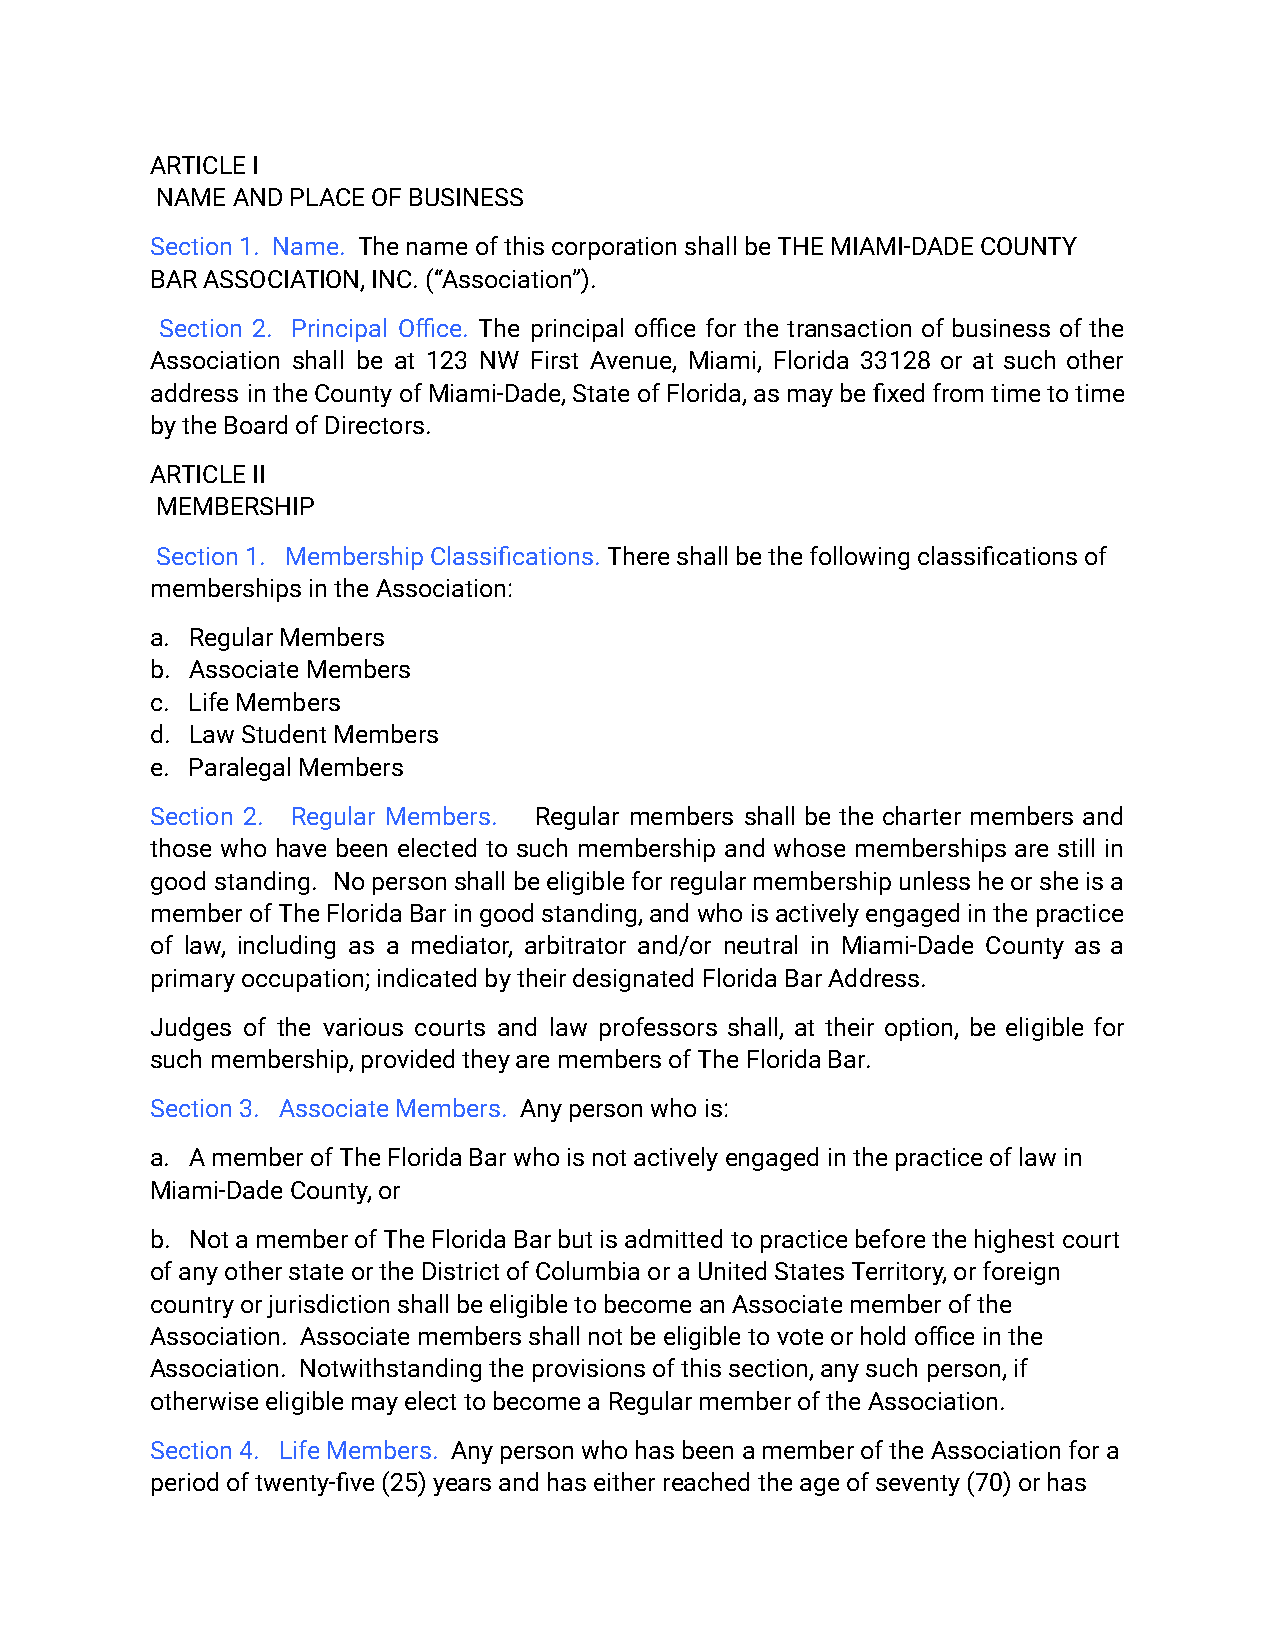
ARTICLE I
 NAME AND PLACE OF BUSINESS
 Section 1. Name. The name of this corporation shallbe THE MIAMI-DADE COUNTY
 BAR ASSOCIATION, INC. (“Association”).
 Section 2. Principal Office. The principal office for the transaction of business of the
 Association shall be at 123 NW First Avenue, Miami, Florida 33128 or at such other
 address intheCountyofMiami-Dade,StateofFlorida,asmaybefixedfromtimetotime
 by the Board of Directors.
 ARTICLE II
 MEMBERSHIP
 Section 1. Membership Classifications.There shallbe the following classifications of
 memberships in the Association:
 a. Regular Members
 b. Associate Members
 c. Life Members
 d. Law Student Members
 e. Paralegal Members
 Section 2. Regular Members. Regular members shall be the charter members and
 those who have been elected to such membership and whose memberships are still in
 good standing. Nopersonshallbeeligibleforregularmembershipunlessheorsheisa
 memberofTheFloridaBaringoodstanding,andwhoisactivelyengagedinthepractice
 of law, including as a mediator, arbitrator and/or neutral in Miami-Dade County as a
 primary occupation; indicated by their designatedFlorida Bar Address.
 Judges of the various courts and law professors shall, at their option, be eligible for
 such membership, provided they are members of The Florida Bar.
 Section 3. Associate Members. Any person who is:
 a. A member of The Florida Bar who is not actively engaged in the practice of law in
 Miami-Dade County, or
 b. Not a member of The Florida Bar but is admitted to practice before the highest court
 of any other state or the District of Columbia ora United States Territory, or foreign
 country or jurisdiction shall be eligible to becomean Associate member of the
 Association. Associate members shall not be eligibleto vote or hold office in the
 Association. Notwithstanding the provisions of thissection, any such person, if
 otherwise eligible may elect to become a Regular memberof the Association.
 Section 4. Life Members. Any person who has beena member of the Association for a
 period of twenty‑five (25) years and has either reachedthe age of seventy (70) or has